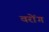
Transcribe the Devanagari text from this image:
वरोंग